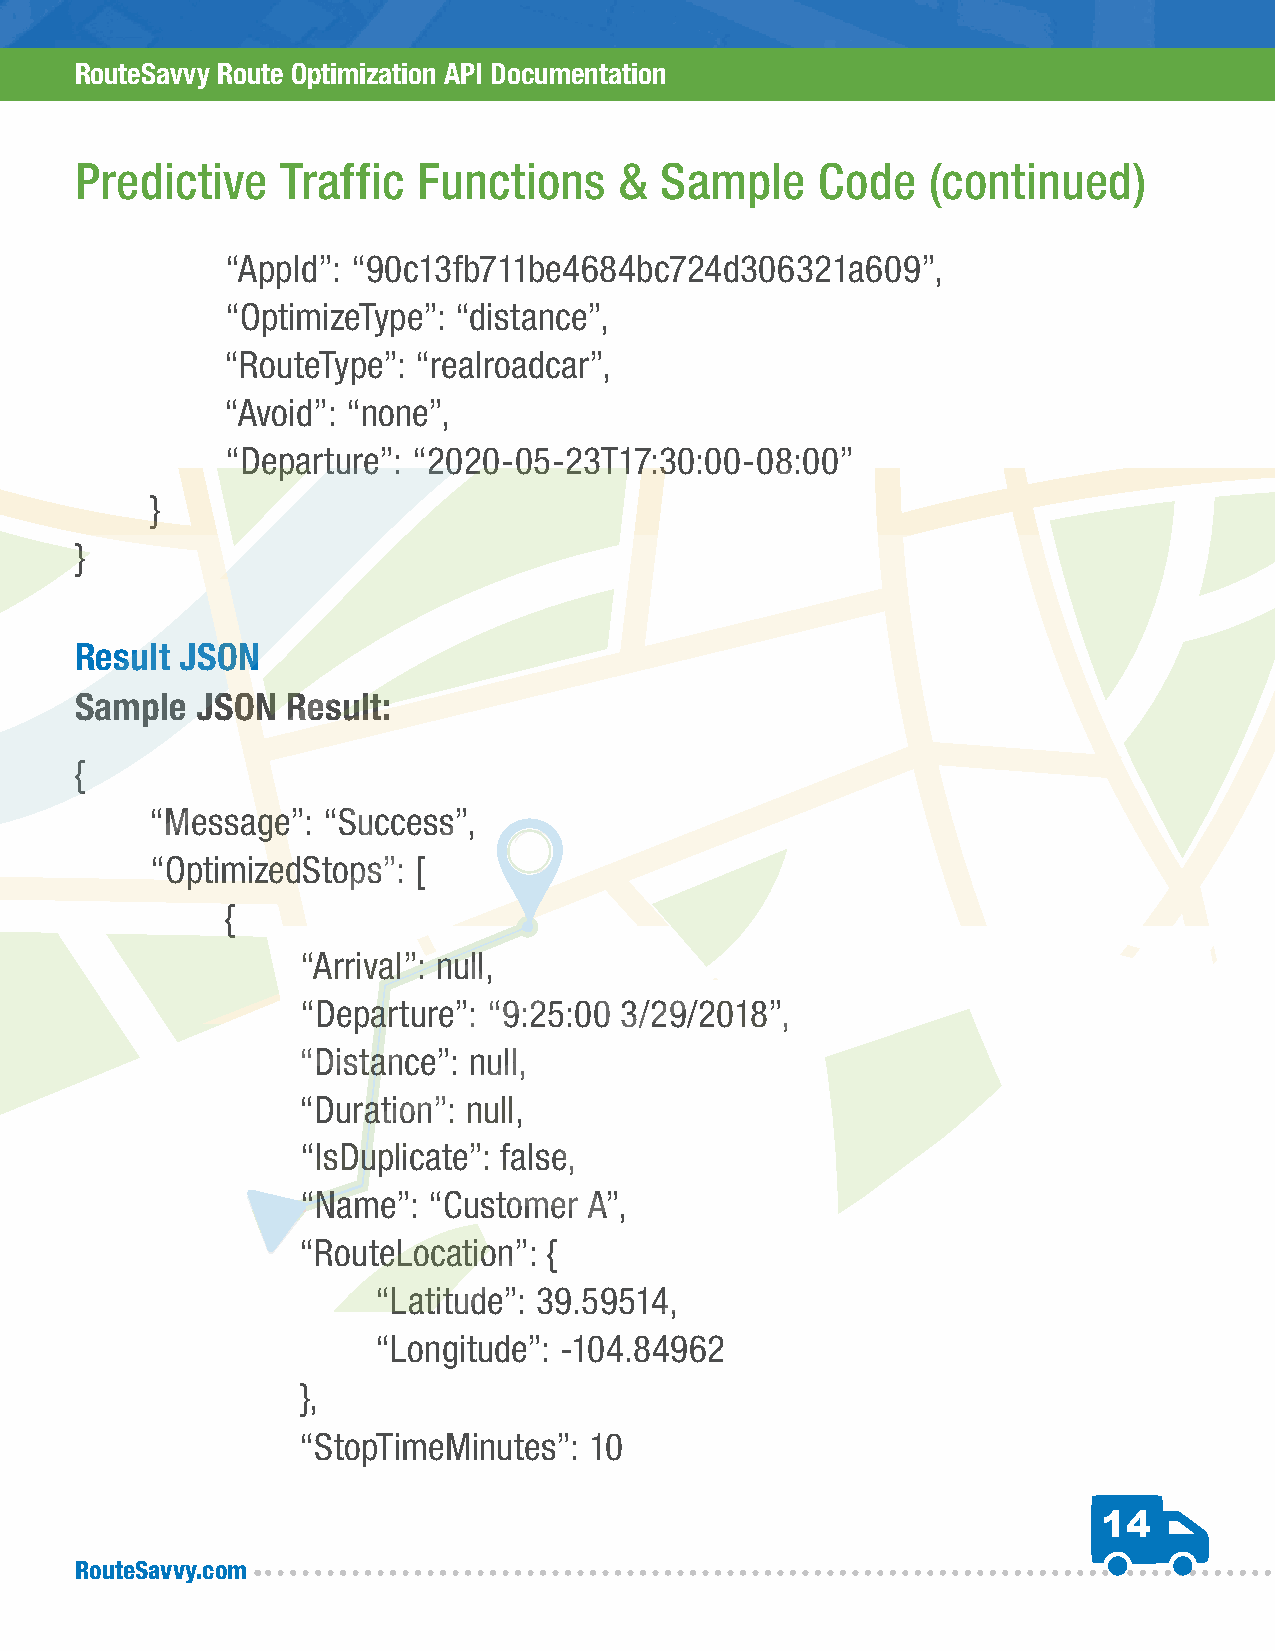
RouteSavvy Route Optimization API Documentation
 Predictive    Traffic  Functions    &  Sample    Code    (continued)
 “AppId”: “90c13fb711be4684bc724d306321a609”,
 “OptimizeType”: “distance”,
 “RouteType”: “realroadcar”,
 “Avoid”: “none”,
 “Departure”: “2020-05-23T17:30:00-08:00”
 }
 }
 Result JSON
 Sample  JSON  Result:
 {
 “Message”: “Success”,
 “OptimizedStops”: [
 {
 “Arrival”: null,
 “Departure”: “9:25:00 3/29/2018”,
 “Distance”: null,
 “Duration”: null,
 “IsDuplicate”: false,
 “Name”: “Customer  A”,
 “RouteLocation”: {
 “Latitude”: 39.59514,
 “Longitude”: -104.84962
 },
 “StopTimeMinutes”: 10
 14
 RouteSavvy.com